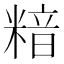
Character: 𥻚